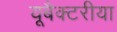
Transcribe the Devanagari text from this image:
यूबैक्टरीया